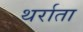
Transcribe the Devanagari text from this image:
थर्राता